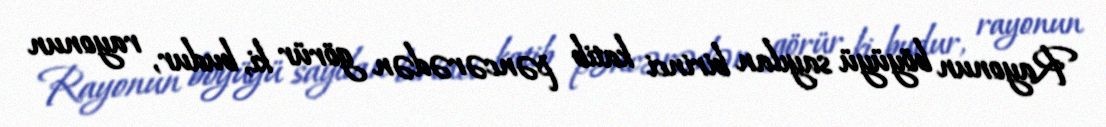
Rayonun böyüyü sayılan birinci katib pəncərədən görür ki, budur, rayonun